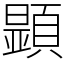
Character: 𩔰